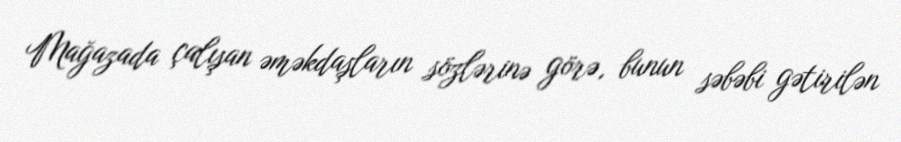
Mağazada çalışan əməkdaşların sözlərinə görə, bunun səbəbi gətirilən